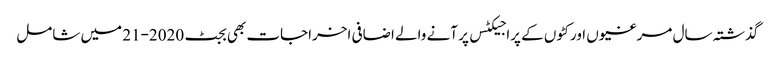
گذشتہ سال مرغیوں اور کٹوں کے پراجیکٹس پر آنے والے اضافی اخراجات بھی بجٹ 2020-21 میں شامل